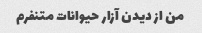
من از دیدن آزار حیوانات متنفرم